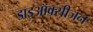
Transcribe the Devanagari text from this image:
डाइऑक्सीजन